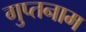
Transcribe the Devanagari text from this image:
गुप्तनाम